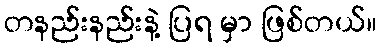
တနည်းနည်းနဲ့ ပြရ မှာ ဖြစ်တယ်။